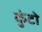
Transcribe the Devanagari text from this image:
कुंटो